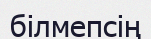
білмепсің